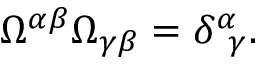
\Omega ^ { \alpha \beta } \Omega _ { \gamma \beta } = \delta _ { ~ \gamma } ^ { \alpha } .